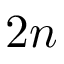
2 n